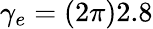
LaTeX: \gamma_{e}=(2\pi)2.8